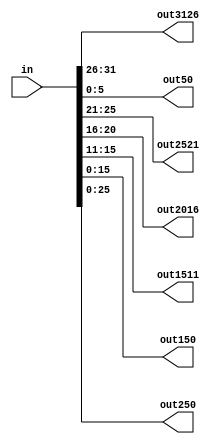
module dividir32Mips (
       input  [31:0] in,
       output [5:0]  out3126,
       output [5:0]  out50,
       output [4:0]  out2521,
       output [4:0]  out2016,
       output [4:0]  out1511,
       output [15:0] out150,
       output [25:0] out250);
		 
assign out3126 = in[31:26];
assign out50   = in[5:0];
assign out2521 = in[25:21];
assign out2016 = in[20:16];
assign out1511 = in[15:11];
assign out150  = in[15:0];
assign out250 = in[25:0];
endmodule